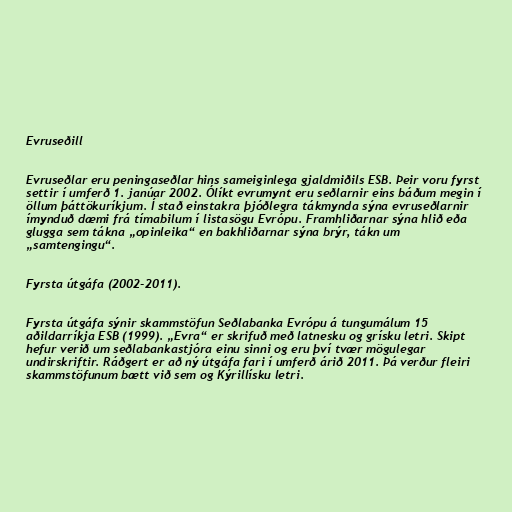
Evruseðill

Evruseðlar eru peningaseðlar hins sameiginlega gjaldmiðils ESB. Þeir voru fyrst
settir í umferð 1. janúar 2002. Ólíkt evrumynt eru seðlarnir eins báðum megin í
öllum þáttökuríkjum. Í stað einstakra þjóðlegra tákmynda sýna evruseðlarnir
ímynduð dæmi frá tímabilum í listasögu Evrópu. Framhliðarnar sýna hlið eða
glugga sem tákna „opinleika“ en bakhliðarnar sýna brýr, tákn um
„samtengingu“.

Fyrsta útgáfa (2002-2011).

Fyrsta útgáfa sýnir skammstöfun Seðlabanka Evrópu á tungumálum 15
aðildarríkja ESB (1999). „Evra“ er skrifuð með latnesku og grísku letri. Skipt
hefur verið um seðlabankastjóra einu sinni og eru því tvær mögulegar
undirskriftir. Ráðgert er að ný útgáfa fari í umferð árið 2011. Þá verður fleiri
skammstöfunum bætt við sem og Kýrillísku letri.